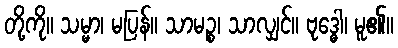
တို့ကို။ သမ္မာ၊ မပြန်။ သာမဉ္စ၊ သာလျှင်။ ဗုဒ္ဓေါ၊ မူ၏။